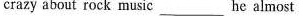
crazy about rock music ___ he almost